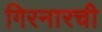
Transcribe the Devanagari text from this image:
गिरनारची